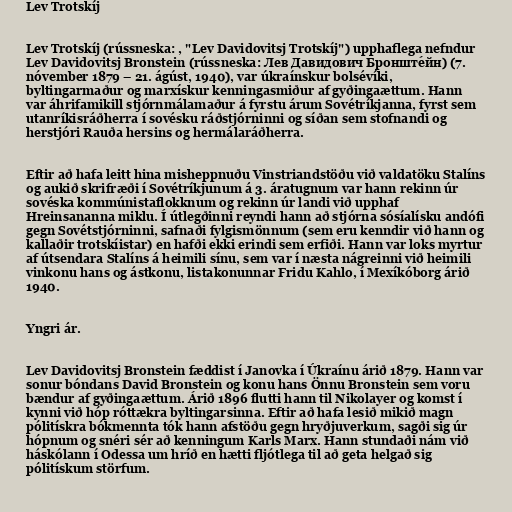
Lev Trotskíj

Lev Trotskíj (rússneska: , "Lev Davidovitsj Trotskíj") upphaflega nefndur
Lev Davidovitsj Bronstein (rússneska: Лев Давидович Бронште́йн) (7.
nóvember 1879 – 21. ágúst, 1940), var úkraínskur bolsévíki,
byltingarmaður og marxískur kenningasmiður af gyðingaættum. Hann
var áhrifamikill stjórnmálamaður á fyrstu árum Sovétríkjanna, fyrst sem
utanríkisráðherra í sovésku ráðstjórninni og síðan sem stofnandi og
herstjóri Rauða hersins og hermálaráðherra.

Eftir að hafa leitt hina misheppnuðu Vinstriandstöðu við valdatöku Stalíns
og aukið skrifræði í Sovétríkjunum á 3. áratugnum var hann rekinn úr
sovéska kommúnistaflokknum og rekinn úr landi við upphaf
Hreinsananna miklu. Í útlegðinni reyndi hann að stjórna sósíalísku andófi
gegn Sovétstjórninni, safnaði fylgismönnum (sem eru kenndir við hann og
kallaðir trotskíistar) en hafði ekki erindi sem erfiði. Hann var loks myrtur
af útsendara Stalíns á heimili sínu, sem var í næsta nágreinni við heimili
vinkonu hans og ástkonu, listakonunnar Fridu Kahlo, í Mexíkóborg árið
1940.

Yngri ár.

Lev Davidovitsj Bronstein fæddist í Janovka í Úkraínu árið 1879. Hann var
sonur bóndans David Bronstein og konu hans Önnu Bronstein sem voru
bændur af gyðingaættum. Árið 1896 flutti hann til Nikolayer og komst í
kynni við hóp róttækra byltingarsinna. Eftir að hafa lesið mikið magn
pólitískra bókmennta tók hann afstöðu gegn hryðjuverkum, sagði sig úr
hópnum og snéri sér að kenningum Karls Marx. Hann stundaði nám við
háskólann í Odessa um hríð en hætti fljótlega til að geta helgað sig
pólitískum störfum.